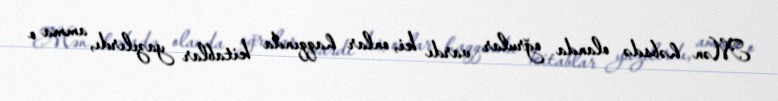
Mən həbsdə olanda oğrular vardı ki, onlar haqqında kitablar yazılırdı, amma o